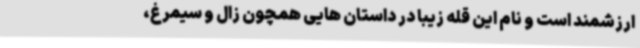
ارزشمند است و نام این قله زیبا در داستان هایی همچون زال و سیمرغ،